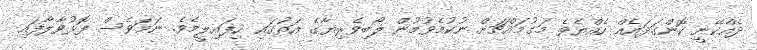
ދެއްކޭނީ ކޮންގަދައެއް ހެއްޔެވެ މަގުމައްޗަށް ނުކުމެވުމުން ލޯބިވެރިޔާގެ އަތުގައި ހިފައިލީމެވެ. ނަމަވެސް ފޮޅުވާލާފައި